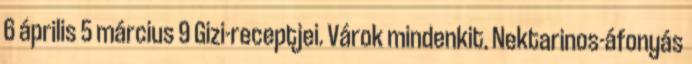
6 április 5 március 9 Gizi-receptjei. Várok mindenkit. Nektarinos-áfonyás